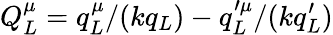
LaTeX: Q_{L}^{\mu}=q_{L}^{\mu}/(kq_{L})-q_{L}^{\prime\mu}/(kq_{L}^{\prime})